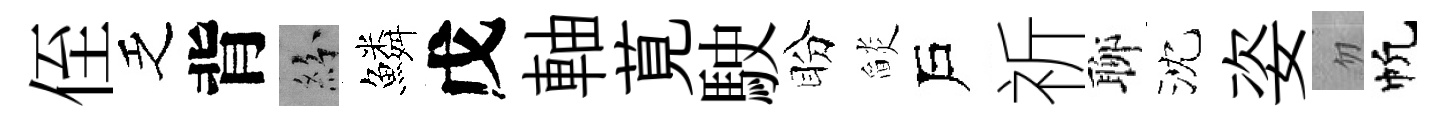
侄乏背紛鱗戊軸莧駛盼𦦨戶祈聊沈姿忽帆